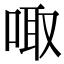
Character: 㖩